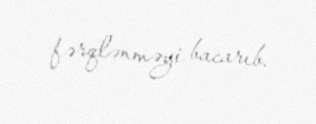
fərqlənməyi bacarıb.